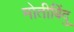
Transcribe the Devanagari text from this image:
मोतीबिंदु